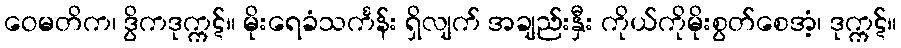
ဝေမတိက၊ ဒွိကဒုက္ကဋ်။ မိုးရေခံသင်္ကန်း ရှိလျက် အချည်းနှီး ကိုယ်ကိုမိုးစွတ်စေအံ့၊ ဒုက္ကဋ်။